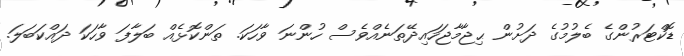
ޑޮކްޓަރުންގެ ބެލުމުގެ ދަށުން ޙިޖާމާޖަހައިދޭތަނެއްވެސް ހުންނަ ވާހަކަ. ތަންކޮޅެއް ބަލާފަ ވާހަކަ ދައްކަބަލަ.